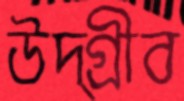
উদ্‌গ্রীব